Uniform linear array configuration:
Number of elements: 4
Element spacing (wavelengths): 0.5
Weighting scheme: kaiser
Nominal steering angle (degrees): -15
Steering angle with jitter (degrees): -16.36
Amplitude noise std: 0.05
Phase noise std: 0.05

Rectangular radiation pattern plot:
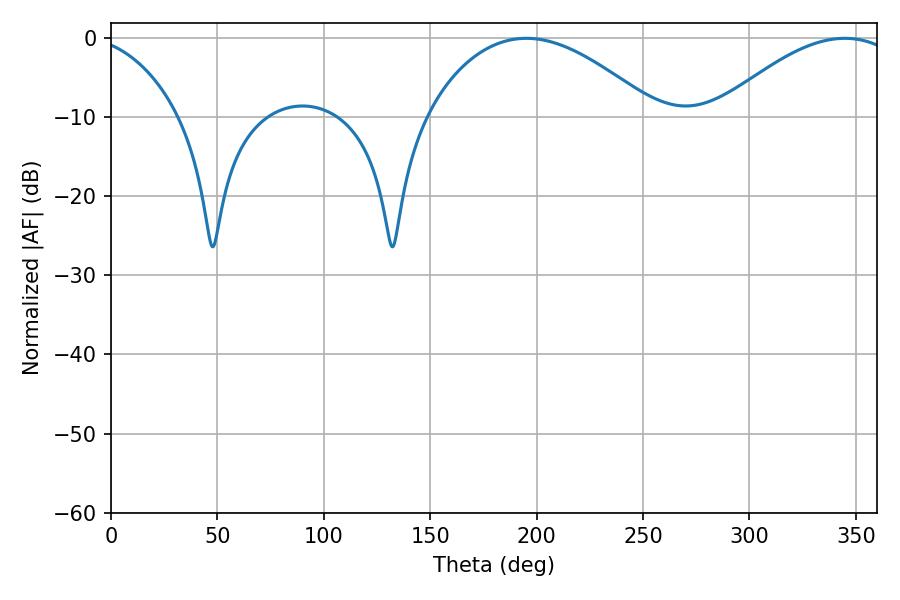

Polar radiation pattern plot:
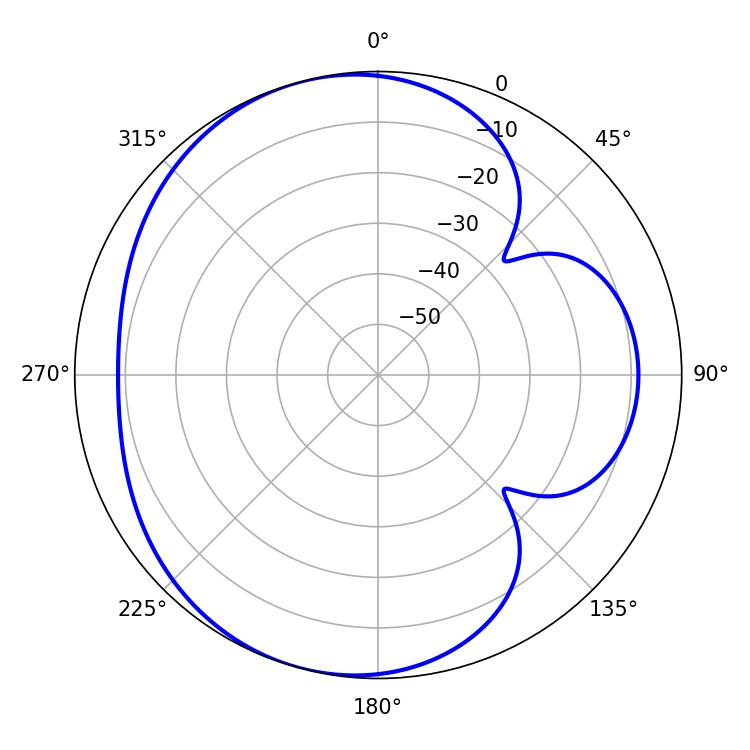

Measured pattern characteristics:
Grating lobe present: FALSE
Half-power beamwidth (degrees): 59.76
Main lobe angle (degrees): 195.12